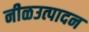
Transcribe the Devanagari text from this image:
नीळउत्पादन